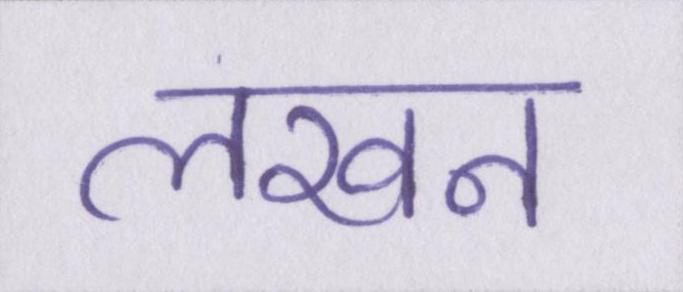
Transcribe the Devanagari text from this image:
लखन